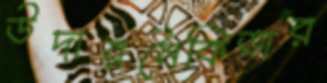
উদারনৈকিতার